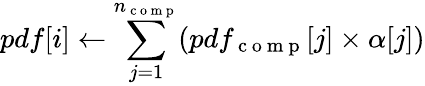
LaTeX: pdf[i]\leftarrow\sum_{j=1}^{n_{\mathrm{~c~o~m~p~}}}(pdf_{\mathrm{~c~o~m~p~}}[j]\times\alpha[j])